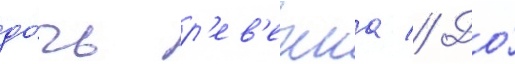
до́чь р'ев'екка // До́